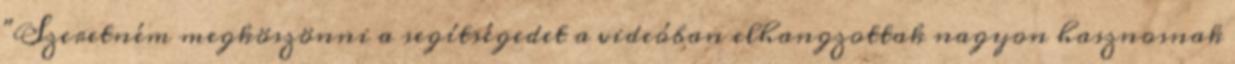
"Szeretném megköszönni a segítségedet a videóban elhangzottak nagyon hasznosnak